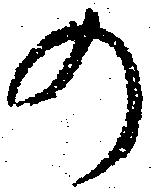
の